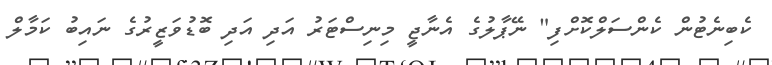
ކެބިނެޓުން ކެންސަލްކޮށްފި" ނޭޕާލުގެ އެނާޖީ މިނިސްޓަރު އަދި އަދި ބޮޑުވަޒީރުގެ ނައިބު ކަމާލް